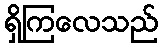
ရှိကြလေသည်